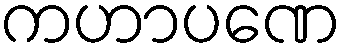
ကဟာပဏေ